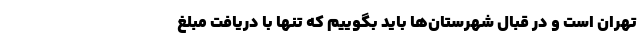
تهران است و در قبال شهرستان‌ها باید بگوییم که تنها با دریافت مبلغ